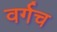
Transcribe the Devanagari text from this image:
वर्गच